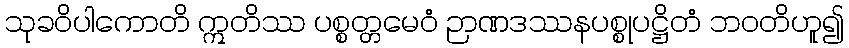
သုခဝိပါကောတိ ဣတိဿ ပစ္စတ္တမေဝံ ဉာဏဒဿနပစ္စုပဋ္ဌိတံ ဘဝတိဟူ၍